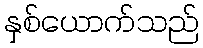
နှစ်ယောက်သည်